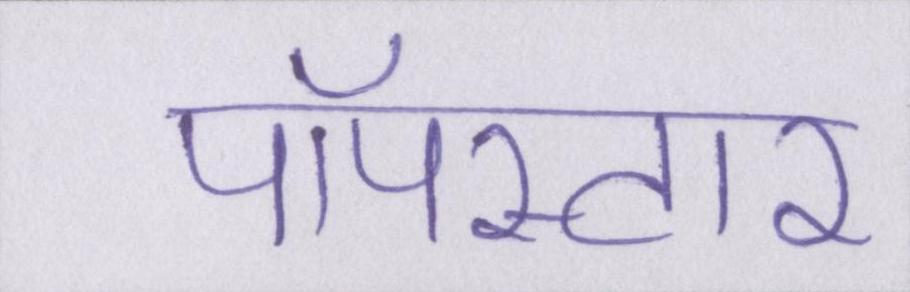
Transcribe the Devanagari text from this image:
पॉपस्टार